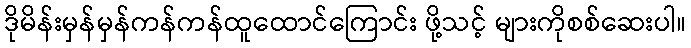
ဒိုမိန်းမှန်မှန်ကန်ကန်ထူထောင်ကြောင်း ဖို့သင့် များကိုစစ်ဆေးပါ။